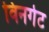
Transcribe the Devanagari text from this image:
विनगेट